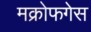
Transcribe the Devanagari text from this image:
मक्रोफगेस